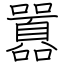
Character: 囂